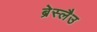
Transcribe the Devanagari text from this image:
ब्रेस्लैउ